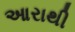
આરાથી